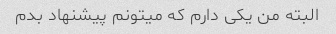
البته من یکی دارم که میتونم پیشنهاد بدم